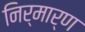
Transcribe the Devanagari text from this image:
निर्मार्ण